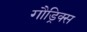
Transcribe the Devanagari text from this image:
गौड्रिक्स